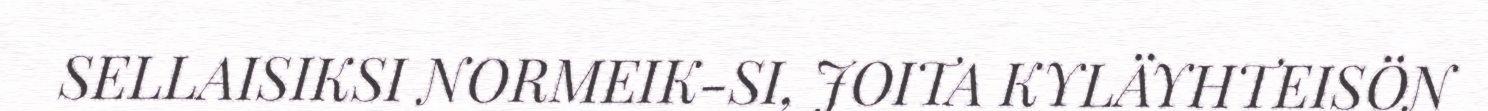
SELLAISIKSI NORMEIK-SI, JOITA KYLÄYHTEISÖN